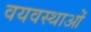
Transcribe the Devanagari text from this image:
वयवस्थाओं